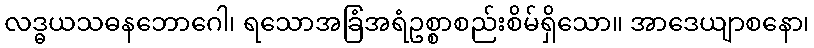
လဒ္ဓယသဓနဘောဂေါ၊ ရသောအခြံအရံဥစ္စာစည်းစိမ်ရှိသော။ အာဒေယျာစနော၊